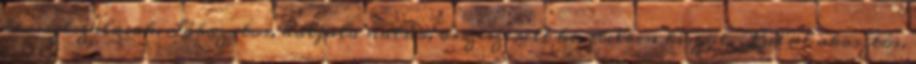
keresztszálasak. Lábazatos, hátfala natúr, összeszerelt kivitelben készül. Belül akasztós,